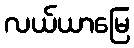
လယ်ယာမြေ